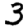
Digit: 3